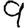
Digit: 9